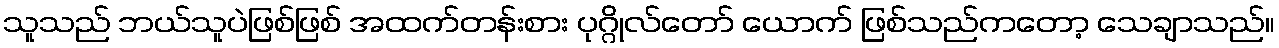
သူသည် ဘယ်သူပဲဖြစ်ဖြစ် အထက်တန်းစား ပုဂ္ဂိုလ်တော် ယောက် ဖြစ်သည်ကတော့ သေချာသည်။